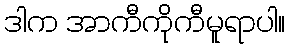
ဒါက အာကီကိုကီမူရာပါ။